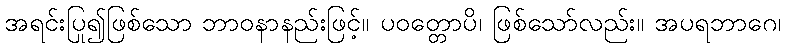
အရင်းပြု၍ဖြစ်သော ဘာဝနာနည်းဖြင့်။ ပဝတ္တောပိ၊ ဖြစ်သော်လည်း။ အပရဘာဂေ၊